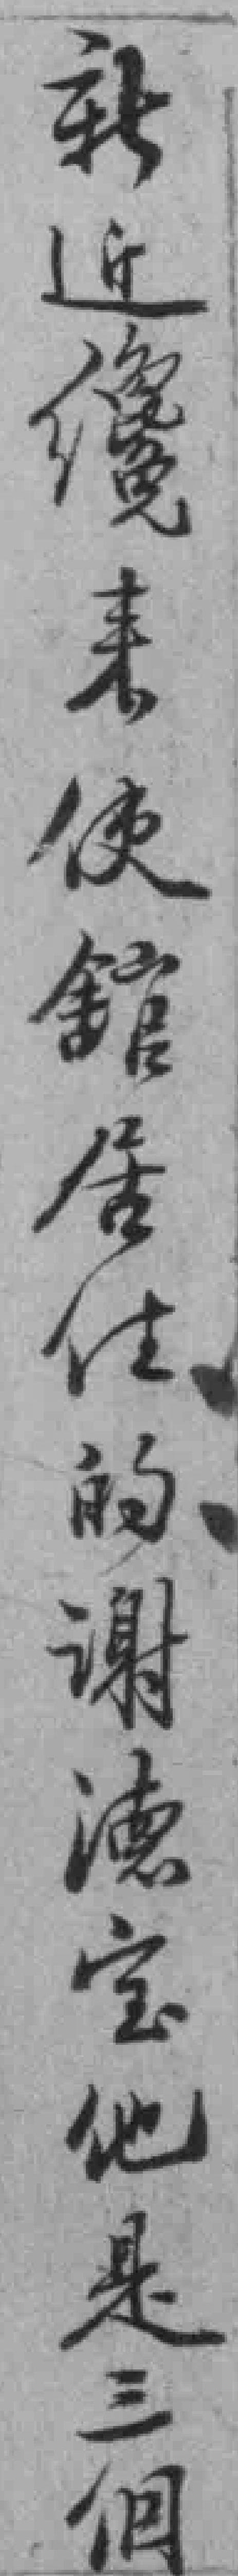
新近纔来使舘居住的谢德宝他是三個